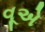
વૂએ